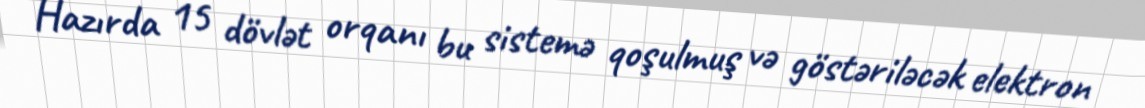
Hazırda 15 dövlət orqanı bu sistemə qoşulmuş və göstəriləcək elektron